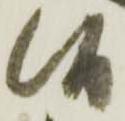
候